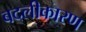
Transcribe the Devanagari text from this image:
बदलीकारण